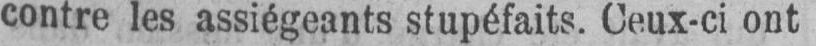
contre les assiégeants stupéfaits. Ceux-ci ont